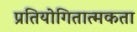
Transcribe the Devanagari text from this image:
प्रतियोगितात्मकता